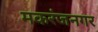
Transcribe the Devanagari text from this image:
मकरंजनगर